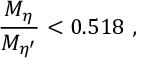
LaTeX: { \frac { M _ { \eta } } { M _ { \eta ^ { \prime } } } } < 0 . 5 1 8 \ ,